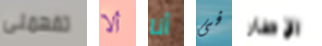
تفهمنى ألا أنا فى الإطار